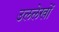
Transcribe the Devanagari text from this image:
उललेखों